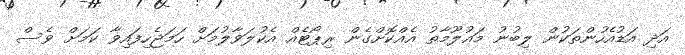
އަދި އަޑުއެހުންތަކުން ލިބުނު މައުލޫމާތު އެއްކޮށްގެން ރިޕޯޓެއް އެކުލަވާލުމަށް ހަމަޖެހިފައިވާ ކަަމަށް ވެސް